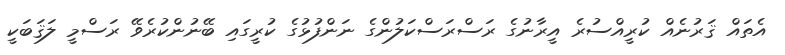
އެތައް ޤަރުނެއް ކުރީއްސުރެ އީރާނުގެ ރަސްރަސްކަލުންގެ ނަންފުޅުގެ ކުރީގައި ބޭނުންކުރެވޭ ރަސްމީ ލަޤަބަކީ